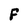
Character: F